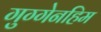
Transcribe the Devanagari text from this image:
गुग्गेनहिम